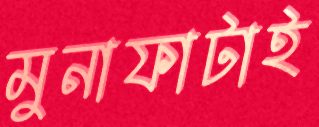
মুনাফাটাই